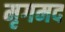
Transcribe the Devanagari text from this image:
मृगमद